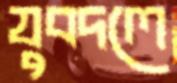
যুবদলে